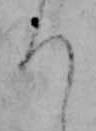
ち